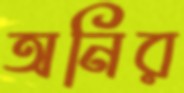
অনির